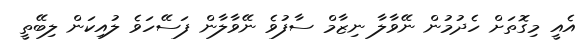
އެއީ މިގޮތަށް ހެދުމުން ނޭވާލާ ނިޒާމް ސާފުވެ ނޭވާލާން ފަސޭހަވެ ލުއިކަން ލިބޭތީ